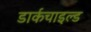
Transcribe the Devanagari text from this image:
डार्कचाइल्ड